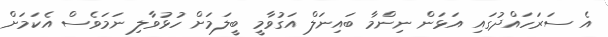
އެ ސަރަހައްދުގައި އަޅަން ނިންމާ ބައިނަލް އަގުވާމީ ބީލަމަށް ހުޅުވާލި ނަމަވެސް އެކަމަށް